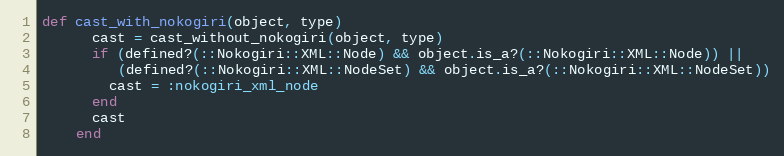
Language: Ruby
def cast_with_nokogiri(object, type)
      cast = cast_without_nokogiri(object, type)
      if (defined?(::Nokogiri::XML::Node) && object.is_a?(::Nokogiri::XML::Node)) ||
         (defined?(::Nokogiri::XML::NodeSet) && object.is_a?(::Nokogiri::XML::NodeSet))
        cast = :nokogiri_xml_node
      end
      cast
    end